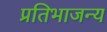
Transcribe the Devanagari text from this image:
प्रतिभाजन्य